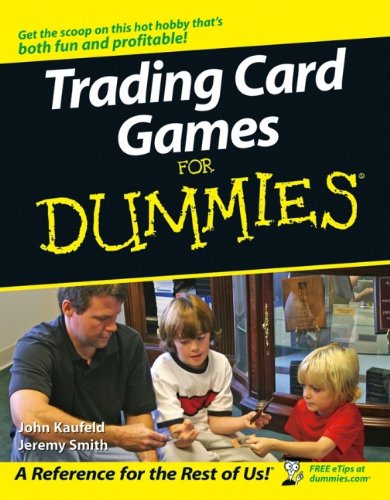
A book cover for Trading Card Games For Dummies; John Kaufeld; Science Fiction & Fantasy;